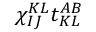
\chi _ { I J } ^ { K L } t _ { K L } ^ { A B }